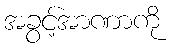
အခွင့်အာဏာကို